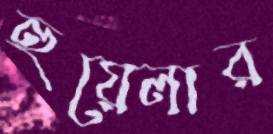
হুয়েলার